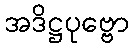
အဒိဋ္ဌပုဗ္ဗော